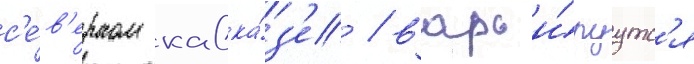
с'е́в'ерном кавка́з'е / варьи́руутс'я